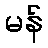
မန်